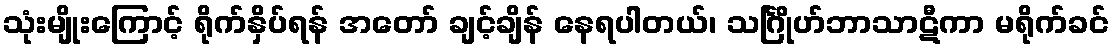
သုံးမျိုးကြောင့် ရိုက်နှိပ်ရန် အတော် ချင့်ချိန် နေရပါတယ်၊ သင်္ဂြိုဟ်ဘာသာဋီကာ မရိုက်ခင်